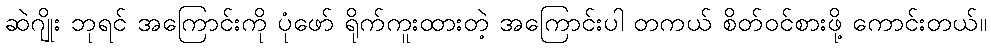
ဆဲဂျိုး ဘုရင် အကြောင်းကို ပုံဖော် ရိုက်ကူးထားတဲ့ အကြောင်းပါ တကယ် စိတ်ဝင်စားဖို့ ကောင်းတယ်။